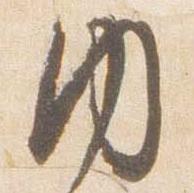
内